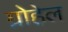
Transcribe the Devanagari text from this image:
ग्रोहेल